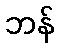
ဘန်